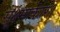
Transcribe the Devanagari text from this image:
सूक्ष्माकार।